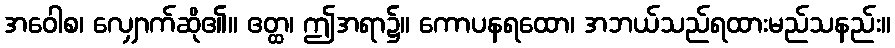
အဝေါစ၊ လျှောက်ဆို၏။ ဧတ္ထ၊ ဤအရာ၌။ ကောပနရထော၊ အဘယ်သည်ရထားမည်သနည်း။